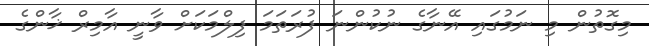
މިގޮތުން މި ނަމުގައި އޭނާގެ ނުކުންނަ ފުރަތަމަ ފިލްމަކަށް ވާނީ އާމިރް ޚާންގެ